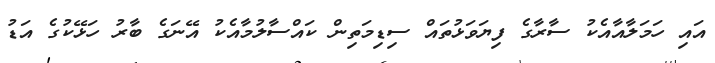
އައި ހަމަލާއާއެކު ސާރާގެ ފިޔަވަޅުތައް ސިޑިމަތިން ކައްސާލުމާއެކު އޭނަގެ ބާރު ހަޅޭކުގެ އަޑު